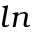
l n